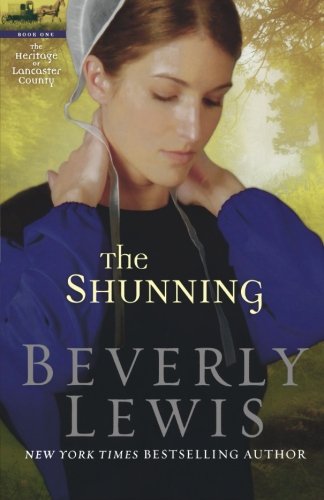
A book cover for The Shunning (The Heritage of Lancaster County #1); Beverly Lewis; Christian Books & Bibles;